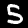
Label: 5